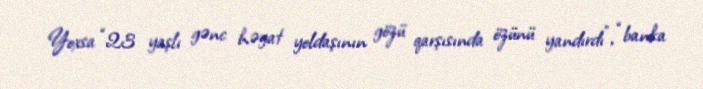
Yoxsa “23 yaşlı gənc həyat yoldaşının gözü qarşısında özünü yandırdı”, “banka